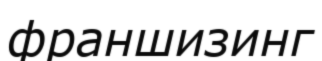
франшизинг